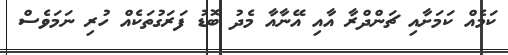
ކަމެއް ކަމަށާއި ޗަންދްރާ އާއި އޭނާއާ މެދު ބޮޑު ފަރަގުތަކެއް ހުރި ނަމަވެސް